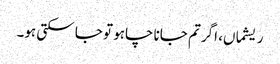
ریشماں، اگر تم جانا چاہو تو جا سکتی ہو۔